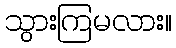
သွားကြမလား။